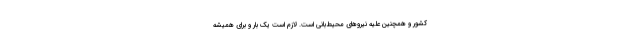
کشور و همچنین علیه نیروهای محیط‌بانی است. لازم است یک بار و برای همیشه